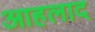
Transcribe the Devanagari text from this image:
आहलाद